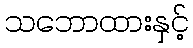
သဘောထားနှင့်